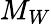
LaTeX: M_{W}